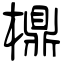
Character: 檙